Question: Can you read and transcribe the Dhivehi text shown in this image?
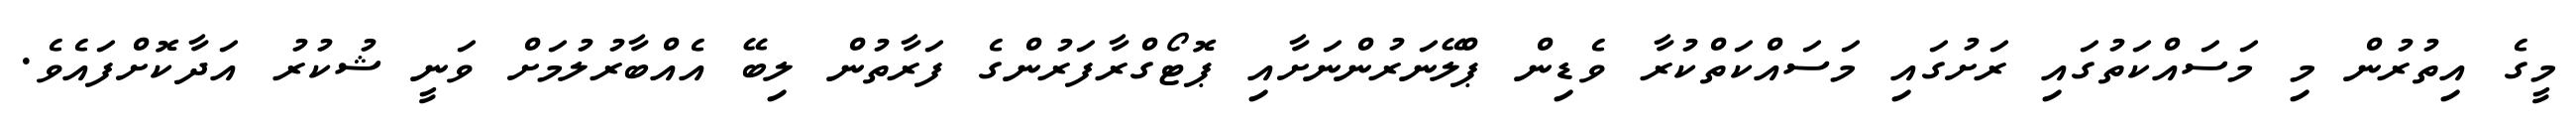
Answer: މީގެ އިތުރުން މި މަސައްކަތުގައި ރަށުގައި މަސައްކަތްކުރާ ވެޑިން ޕްލޭނަރުންނަށާއި ޕޮޓޯގްރާފަރުންގެ ފަރާތުން ލިބޭ އެއްބާރުލުމަށް ވަނީ ޝުކުރު އަދާކޮށްފައެވެ.